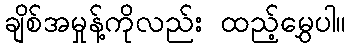
ချိစ်အမှုန့်ကိုလည်း ထည့်မွှေပါ။